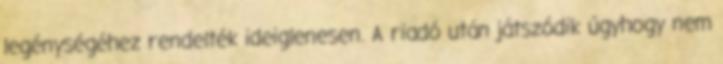
legénységéhez rendelték ideiglenesen. A riadó után játszódik úgyhogy nem